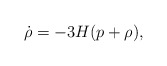
\begin{align*}\dot\rho = - 3 H (p + \rho),\end{align*}